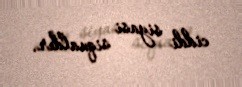
ciddi siyasi siqnaldır.